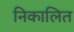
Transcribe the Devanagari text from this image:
निकालित